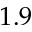
1 . 9